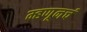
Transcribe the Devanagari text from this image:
म्हणूनचं